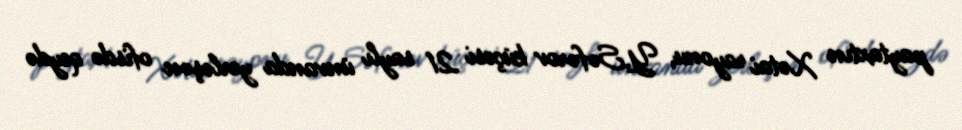
paytaxtın Xətai rayonu, Y.Səfərov küçəsi 21 saylı ünvanda yerləşən ofisdə qeydə